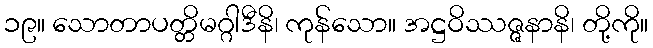
၁၉။ သောတာပတ္တိမဂ္ဂါဒီနိ၊ ကုန်သော။ အဋ္ဌဝိဿဇ္ဇနာနိ၊ တို့ကို။